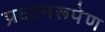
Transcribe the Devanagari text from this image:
प्रधानरूपेण